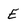
Character: E